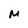
Character: M